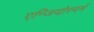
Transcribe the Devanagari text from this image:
एन्जियोस्पर्म